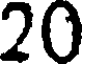
20